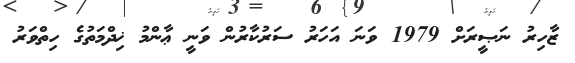
ޒާހިރު ނަޞީރަށް 1979 ވަނަ އަހަރު ސަރުކާރުން ވަނީ ޢާންމު ޚިދްމަތުގެ ހިތްވަރު